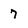
Character: 7